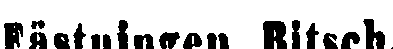
Fästningen Bitsch.